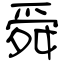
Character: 舜